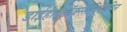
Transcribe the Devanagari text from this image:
डाईहाइड्रॉक्सीविटामिन